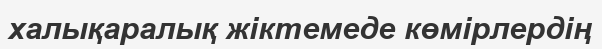
халықаралық жіктемеде көмірлердің